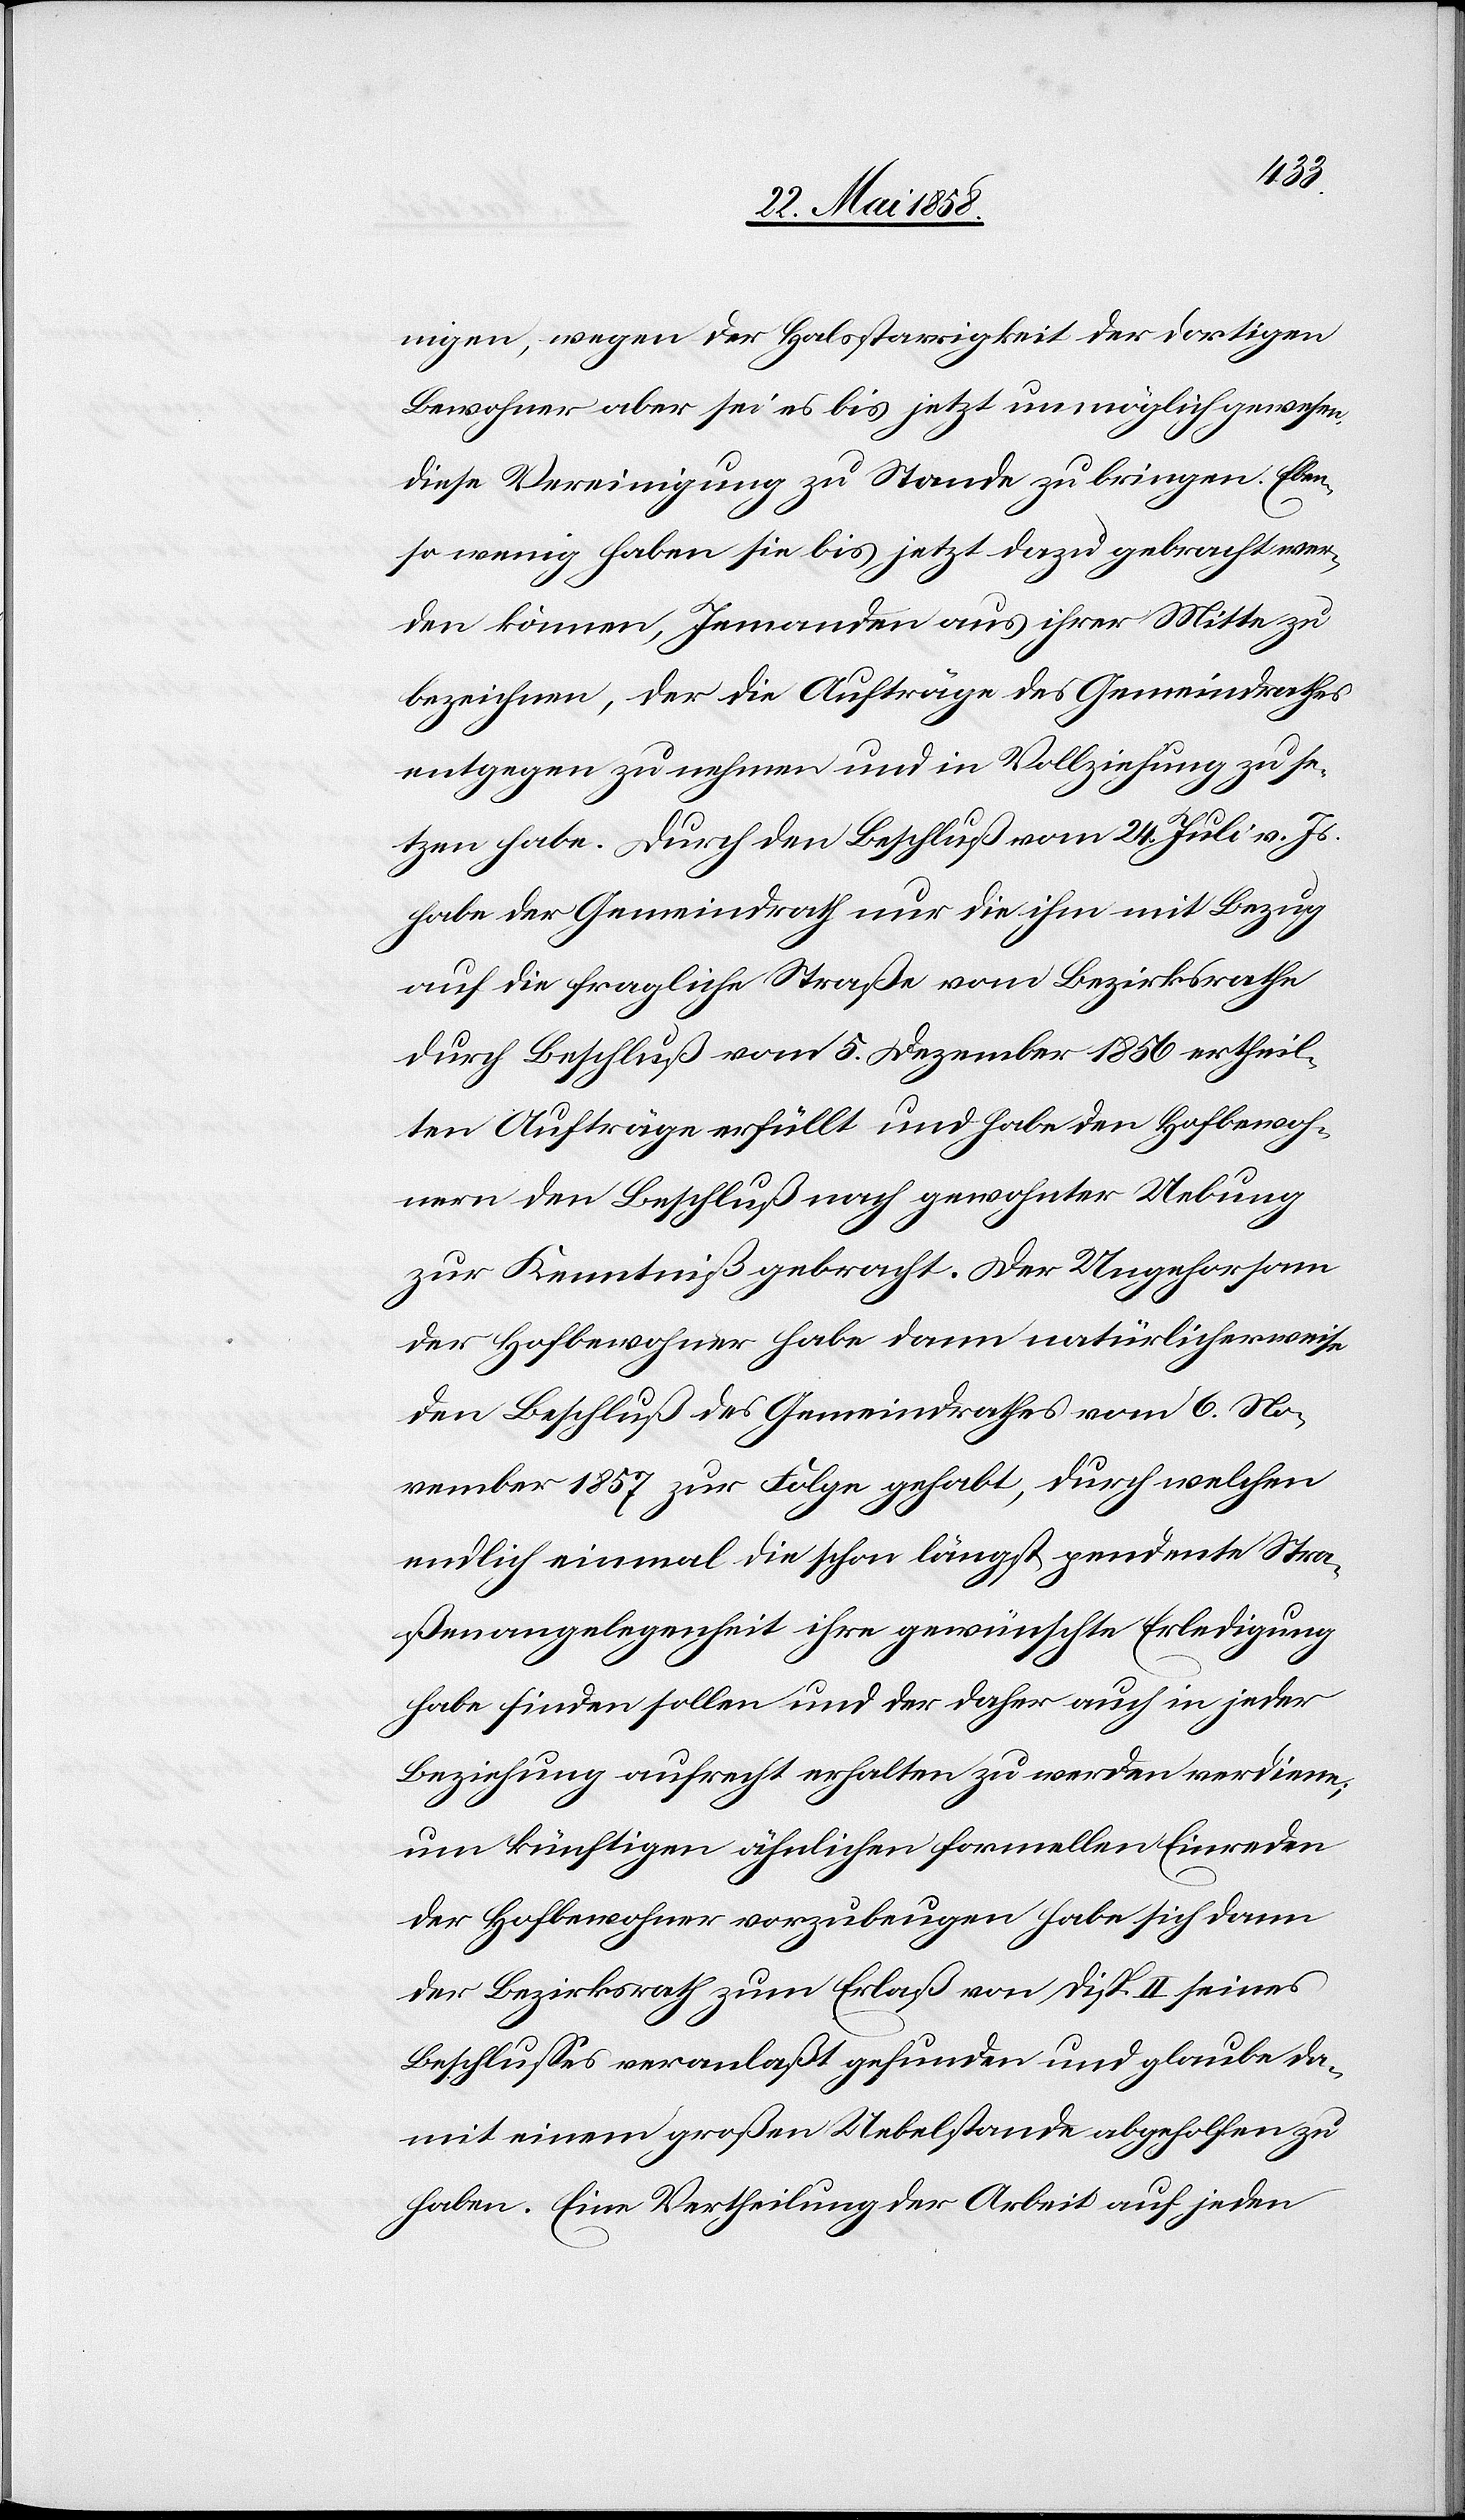
nen, wegen der Halsstarrigkeit der dortigen
Bewohner aber sei es bis jetzt unmöglich gewesen,
diese Vereinigung zu Stande zu bringen. Eben¬
so wenig haben sie bis jetzt dazu gebracht wer¬
den können, Jemanden aus ihrer Mitte zu
bezeichnen, der die Aufträge des Gemeindrathes
entgegen zu nehmen und in Vollziehung zu se¬
tzen habe. Durch den Beschluß vom 24. Juli v. Js.
habe der Gemeindrath nur die ihm mit Bezug
auf die fragliche Straße vom Bezirksrathe
durch Beschluß vom 5. Dezember 1856 ertheil¬
ten Aufträge erfüllt und habe den Hofbewoh¬
nern den Beschluß nach gewohnter Uebung
zur Kenntniß gebracht. Der Ungehorsam
der Hofbewohner habe dann natürlicherweise
den Beschluß des Gemeindrathes vom 6. No¬
vember 1857 zur Folge gehabt, durch welchen
endlich einmal die schon längst pendente Stra¬
ßenangelegenheit ihre gewünschte Erledigung
habe finden sollen und der daher auch in jeder
Beziehung aufrecht erhalten zu werden verdiene;
um künftigen ähnlichen formellen Einreden
der Hofbewohner vorzubeugen habe sich dann
der Bezirksrath zum Erlaß von Disp. II seines
Beschlusses veranlaßt gefunden und glaube da¬
mit einem großen Uebelstand abgeholfen zu
haben. Eine Vertheilung der Arbeit auf jeden